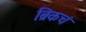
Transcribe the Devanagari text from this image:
ब्रिकचं